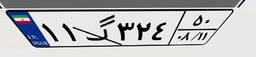
۱۱گ۳۲۴۵۰